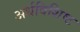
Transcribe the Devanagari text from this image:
अर्धविशिष्ट